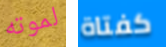
لموته كفتاة